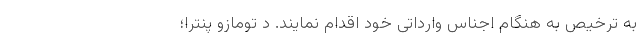
به ترخیص به هنگام اجناس وارداتی خود اقدام نمایند. د تومازو پنترا؛